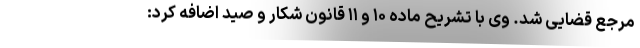
مرجع قضایی شد. وی با تشریح ماده ۱۰ و ۱۱ قانون شکار و صید اضافه کرد: